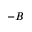
^ { - B }